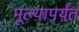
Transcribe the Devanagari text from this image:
मूल्यापर्यंत